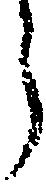
う